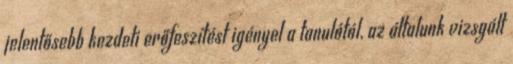
jelentősebb kezdeti erőfeszítést igényel a tanulótól, az általunk vizsgált